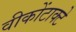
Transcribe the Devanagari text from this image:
वीकोंटाक्टे